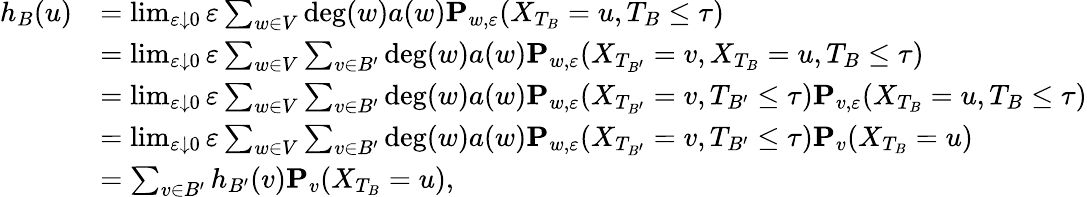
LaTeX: \begin{array}{rl}{h_{B}(u)}&{=\operatorname*{lim}_{\varepsilon\downarrow 0}\varepsilon\sum_{w\in V}\deg(w)a(w)\mathbf{P}_{w,\varepsilon}(X_{T_{B}}=u,T_{B}\leq\tau)}\\ &{=\operatorname*{lim}_{\varepsilon\downarrow 0}\varepsilon\sum_{w\in V}\sum_{v\in B^{\prime}}\deg(w)a(w)\mathbf{P}_{w,\varepsilon}(X_{T_{B^{\prime}}}=v,X_{T_{B}}=u,T_{B}\leq\tau)}\\ &{=\operatorname*{lim}_{\varepsilon\downarrow 0}\varepsilon\sum_{w\in V}\sum_{v\in B^{\prime}}\deg(w)a(w)\mathbf{P}_{w,\varepsilon}(X_{T_{B^{\prime}}}=v,T_{B^{\prime}}\leq\tau)\mathbf{P}_{v,\varepsilon}(X_{T_{B}}=u,T_{B}\leq\tau)}\\ &{=\operatorname*{lim}_{\varepsilon\downarrow 0}\varepsilon\sum_{w\in V}\sum_{v\in B^{\prime}}\deg(w)a(w)\mathbf{P}_{w,\varepsilon}(X_{T_{B^{\prime}}}=v,T_{B^{\prime}}\leq\tau)\mathbf{P}_{v}(X_{T_{B}}=u)}\\ &{=\sum_{v\in B^{\prime}}h_{B^{\prime}}(v)\mathbf{P}_{v}(X_{T_{B}}=u),}\end{array}